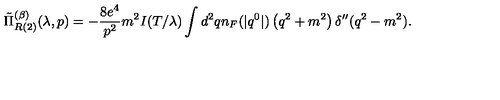
\tilde { \Pi } _ { R { ( 2 ) } } ^ { ( \beta ) } ( \lambda , p ) = - \frac { 8 e ^ { 4 } } { p ^ { 2 } } m ^ { 2 } I ( T / \lambda ) \int d ^ { 2 } q n _ { F } ( | q ^ { 0 } | ) \left( q ^ { 2 } + m ^ { 2 } \right) \delta ^ { \prime \prime } ( q ^ { 2 } - m ^ { 2 } ) .